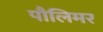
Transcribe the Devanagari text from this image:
पौलिमर